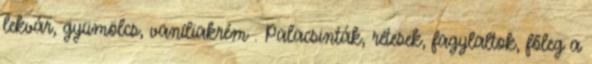
lekvár, gyümölcs, vaníliakrém . Palacsinták, rétesek, fagylaltok, főleg a